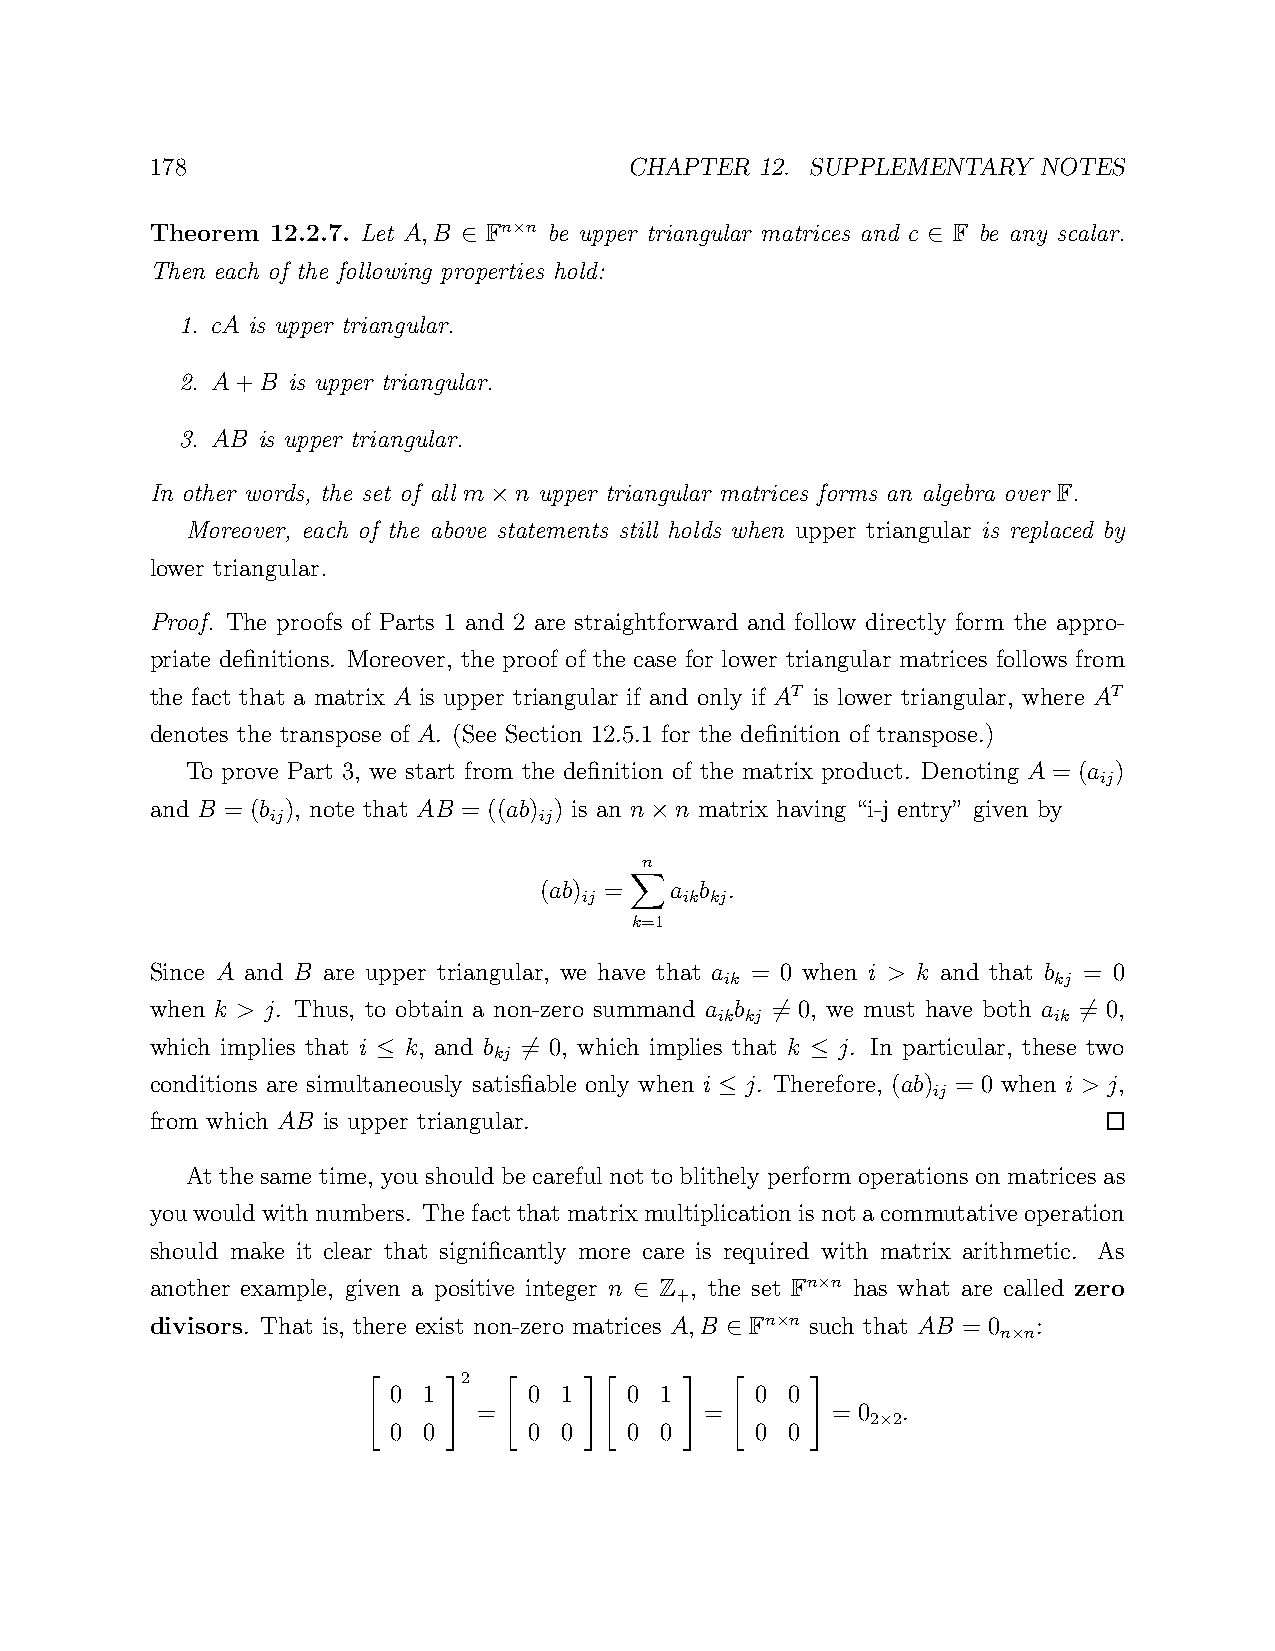
178                             CHAPTER 12. SUPPLEMENTARY  NOTES
 Theorem 12.2.7. Let A,B Fn n be upper triangular matrices and c F be any scalar.
 ×
 ∈                             ∈
 Then each of the following properties hold:
 1. cA is upper triangular.
 2. A+B is upper triangular.
 3. AB is upper triangular.
 In other words, the set of all m n upper triangular matrices forms an algebra over F.
 ×
 Moreover, each of the above statements still holds when upper triangular is replaced by
 lower triangular.
 Proof. The proofs of Parts 1 and 2 are straightforward and follow directly form the appro-
 priate definitions. Moreover, the proof of the case for lower triangular matrices follows from
 the fact that a matrix A is upper triangular if and only if AT is lower triangular, where AT
 denotes the transpose of A. (See Section 12.5.1 for the definition of transpose.)
 To prove Part 3, we start from the definition of the matrix product. Denoting A = (a )
 ij
 and B = (b ), note that AB = ((ab) ) is an n n matrix having “i-j entry” given by
 ij                ij
 ×
 n
 (ab) =  a b .
 ij    ik kj
 k=1
 X
 Since A and B are upper triangular, we have that a = 0 when i > k and that b = 0
 ik                    kj
 when k > j. Thus, to obtain a non-zero summand a b = 0, we must have both a = 0,
 ik kj                 ik
 6                   6
 which implies that i k, and b = 0, which implies that k j. In particular, these two
 kj
 ≤         6                  ≤
 conditions are simultaneously satisfiable only when i j. Therefore, (ab) = 0 when i > j,
 ij
 ≤
 from which AB is upper triangular.
 At the same time, you should be careful not to blithely perform operations on matrices as
 youwouldwithnumbers. Thefactthatmatrixmultiplicationisnotacommutative operation
 should make it clear that significantly more care is required with matrix arithmetic. As
 another example, given a positive integer n Z , the set Fn n has what are called zero
 +        ×
 ∈
 divisors. That is, there exist non-zero matrices A,B Fn n such that AB = 0 :
 ×              n n
 ∈                  ×
 2
 0 1      0 1    0 1     0 0
 =              =       = 0  .
 2 2
 " 0 0 #  " 0 0 #" 0 0 # " 0 0 #   ×